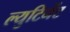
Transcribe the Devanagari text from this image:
ल्युटिनेंट